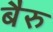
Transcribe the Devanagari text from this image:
बैरु